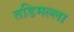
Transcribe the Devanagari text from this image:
तडिमल्ला